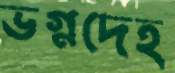
ভগ্নদেহ